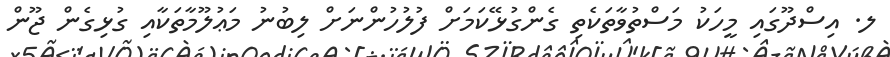
ލ. އިސްދޫގައި މީހަކު މަސްތުވާތަކެތި ގެންގުޅޭކަމަށް ފުލުހުންނަށް ލިބުނު މަޢުލޫމާތަކާއި ގުޅިގެން ޖޫން